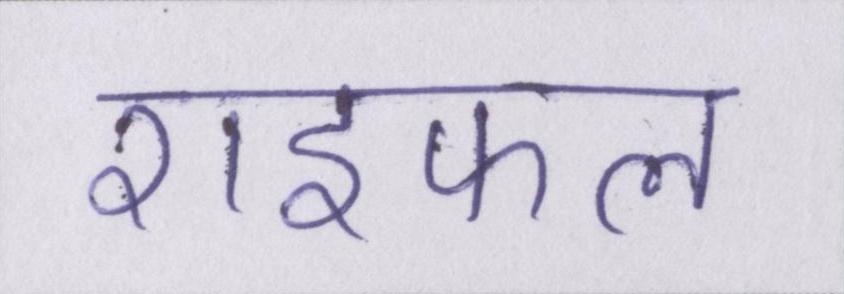
राइफल